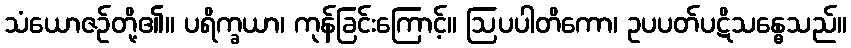
သံယောဇဉ်တို့၏။ ပရိက္ခယာ၊ ကုန်ခြင်းကြောင့်။ ဩပပါတိကော၊ ဥပပတ်ပဋိသန္ဓေသည်။